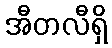
အီတလီရှိ